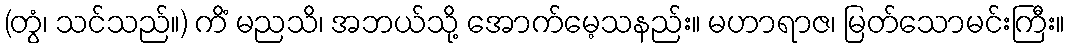
(တွံ၊ သင်သည်။) ကိံ မညသိ၊ အဘယ်သို့ အောက်မေ့သနည်း။ မဟာရာဇ၊ မြတ်သောမင်းကြီး။